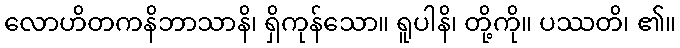
လောဟိတကနိဘာသာနိ၊ ရှိကုန်သော။ ရူပါနိ၊ တို့ကို။ ပဿတိ၊ ၏။